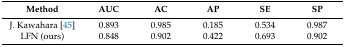
| Method | AUC | AC | AP | SE | SP |
 | --- | --- | --- | --- | --- | --- |
 | J. Kawahara [45] | 0.893 | 0.985 | 0.185 | 0.534 | 0.987 |
 | LFN (ours) | 0.848 | 0.902 | 0.422 | 0.693 | 0.902 |